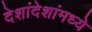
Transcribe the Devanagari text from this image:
देशांदेशांमध्ये